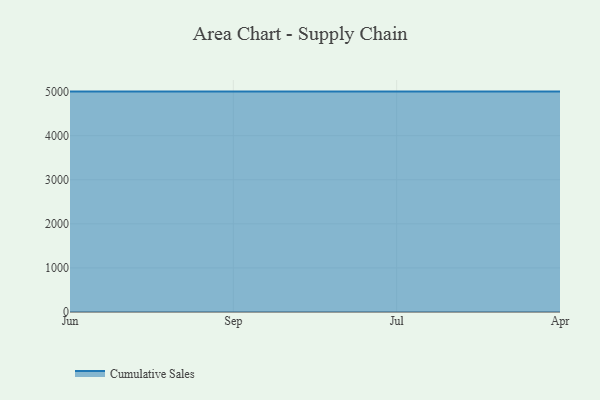
{"axis": {"x": "Month", "y": "Backlog"}, "legend": ["Cumulative Sales"], "data": [{"x": "Jun", "y": 5000, "type": "Cumulative Sales"}, {"x": "Sep", "y": 5000, "type": "Cumulative Sales"}, {"x": "Jul", "y": 5000, "type": "Cumulative Sales"}, {"x": "Apr", "y": 5000, "type": "Cumulative Sales"}]}